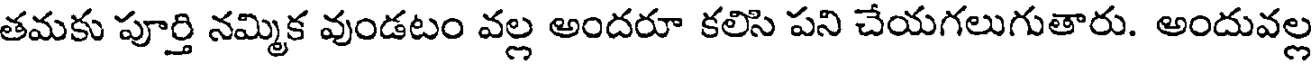
తమకు పూర్తి నమ్మిక వుండటం వల్ల అందరూ కలిసి పని చేయగలుగుతారు. అందువల్ల